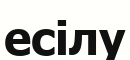
есілу